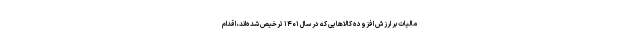
مالیات بر ارزش افزوده کالاهایی که در سال ۱۴۰۱ ترخیص شده‌اند، اقدام